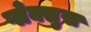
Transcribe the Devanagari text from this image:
प्लेक्सुस